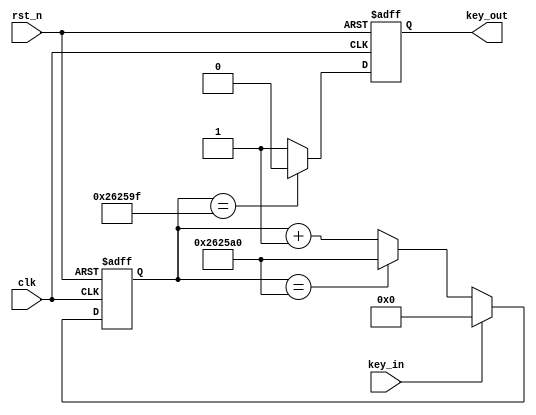
// This program was cloned from: https://github.com/michaelliao/learn-verilog
// License: GNU General Public License v3.0

// 

module key_filter
#(
    parameter SYS_CLK = 50_000_000, // default to 50 MHz
    parameter FILTER_TIME = 50 // , default to 50 ms
)
(
    input clk,
    input rst_n,
    input key_in,
    output reg key_out
);

    // :
    localparam
        CLK_TIME = 1_000_000_000 / SYS_CLK, // ns
        CLK_MAX = FILTER_TIME * 1_000_000 / CLK_TIME, // 
        CNT_WIDTH = $clog2(CLK_MAX + 1); // 

    localparam [CNT_WIDTH-1:0] CNT_0 = 0;
    localparam [CNT_WIDTH-1:0] CNT_MAX = CLK_MAX;

    reg [CNT_WIDTH-1:0] cnt;

    always @ (posedge clk or negedge rst_n) begin
        if (! rst_n) begin
            cnt <= CNT_0;
        end else begin
            if (key_in == 1'b1) begin
                // key unpressed, keep 0:
                cnt <= CNT_0;
            end else begin
                // key pressed, cnt = 0, 1, 2, ... , MAX-1, MAX, MAX, ... 
                cnt <= (cnt == CNT_MAX) ? CLK_MAX : cnt + 1;
            end
        end
    end

    always @ (posedge clk or negedge rst_n) begin
        if (! rst_n) begin
            key_out <= 1'b1;
        end else begin
            // key out is triggered at MAX-1:
            key_out <= (cnt == CNT_MAX - 1) ? 1'b0 : 1'b1;
        end
    end
endmodule